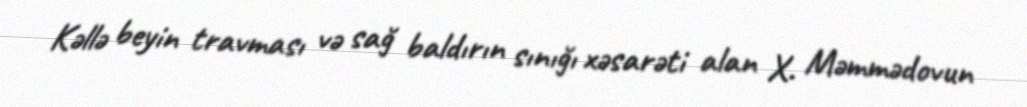
Kəllə beyin travması və sağ baldırın sınığı xəsarəti alan X. Məmmədovun